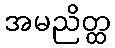
အမညိတ္ထ